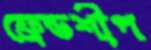
ফ্রেন্ডশীপ